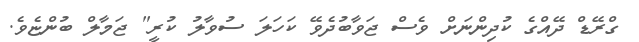
ގްރޭޑް ދޭއްގެ ކުދިންނަށް ވެސް ޖަވާބުދެވޭ ކަހަލަ ސުވާލު ކުރީ" ޖަމާލް ބުންޏެވެ.